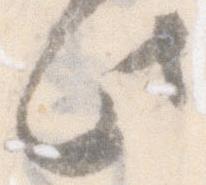
此